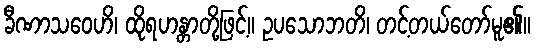
ခီဏာသဝေဟိ၊ ထိုရဟန္တာတို့ဖြင့်။ ဥပသောဘတိ၊ တင့်တယ်တော်မူ၏။